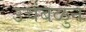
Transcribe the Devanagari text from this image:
उचंबळुन